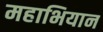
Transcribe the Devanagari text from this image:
महाभियान